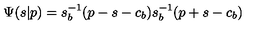
\Psi ( s | p ) = s _ { b } ^ { - 1 } ( p - s - c _ { b } ) s _ { b } ^ { - 1 } ( p + s - c _ { b } )